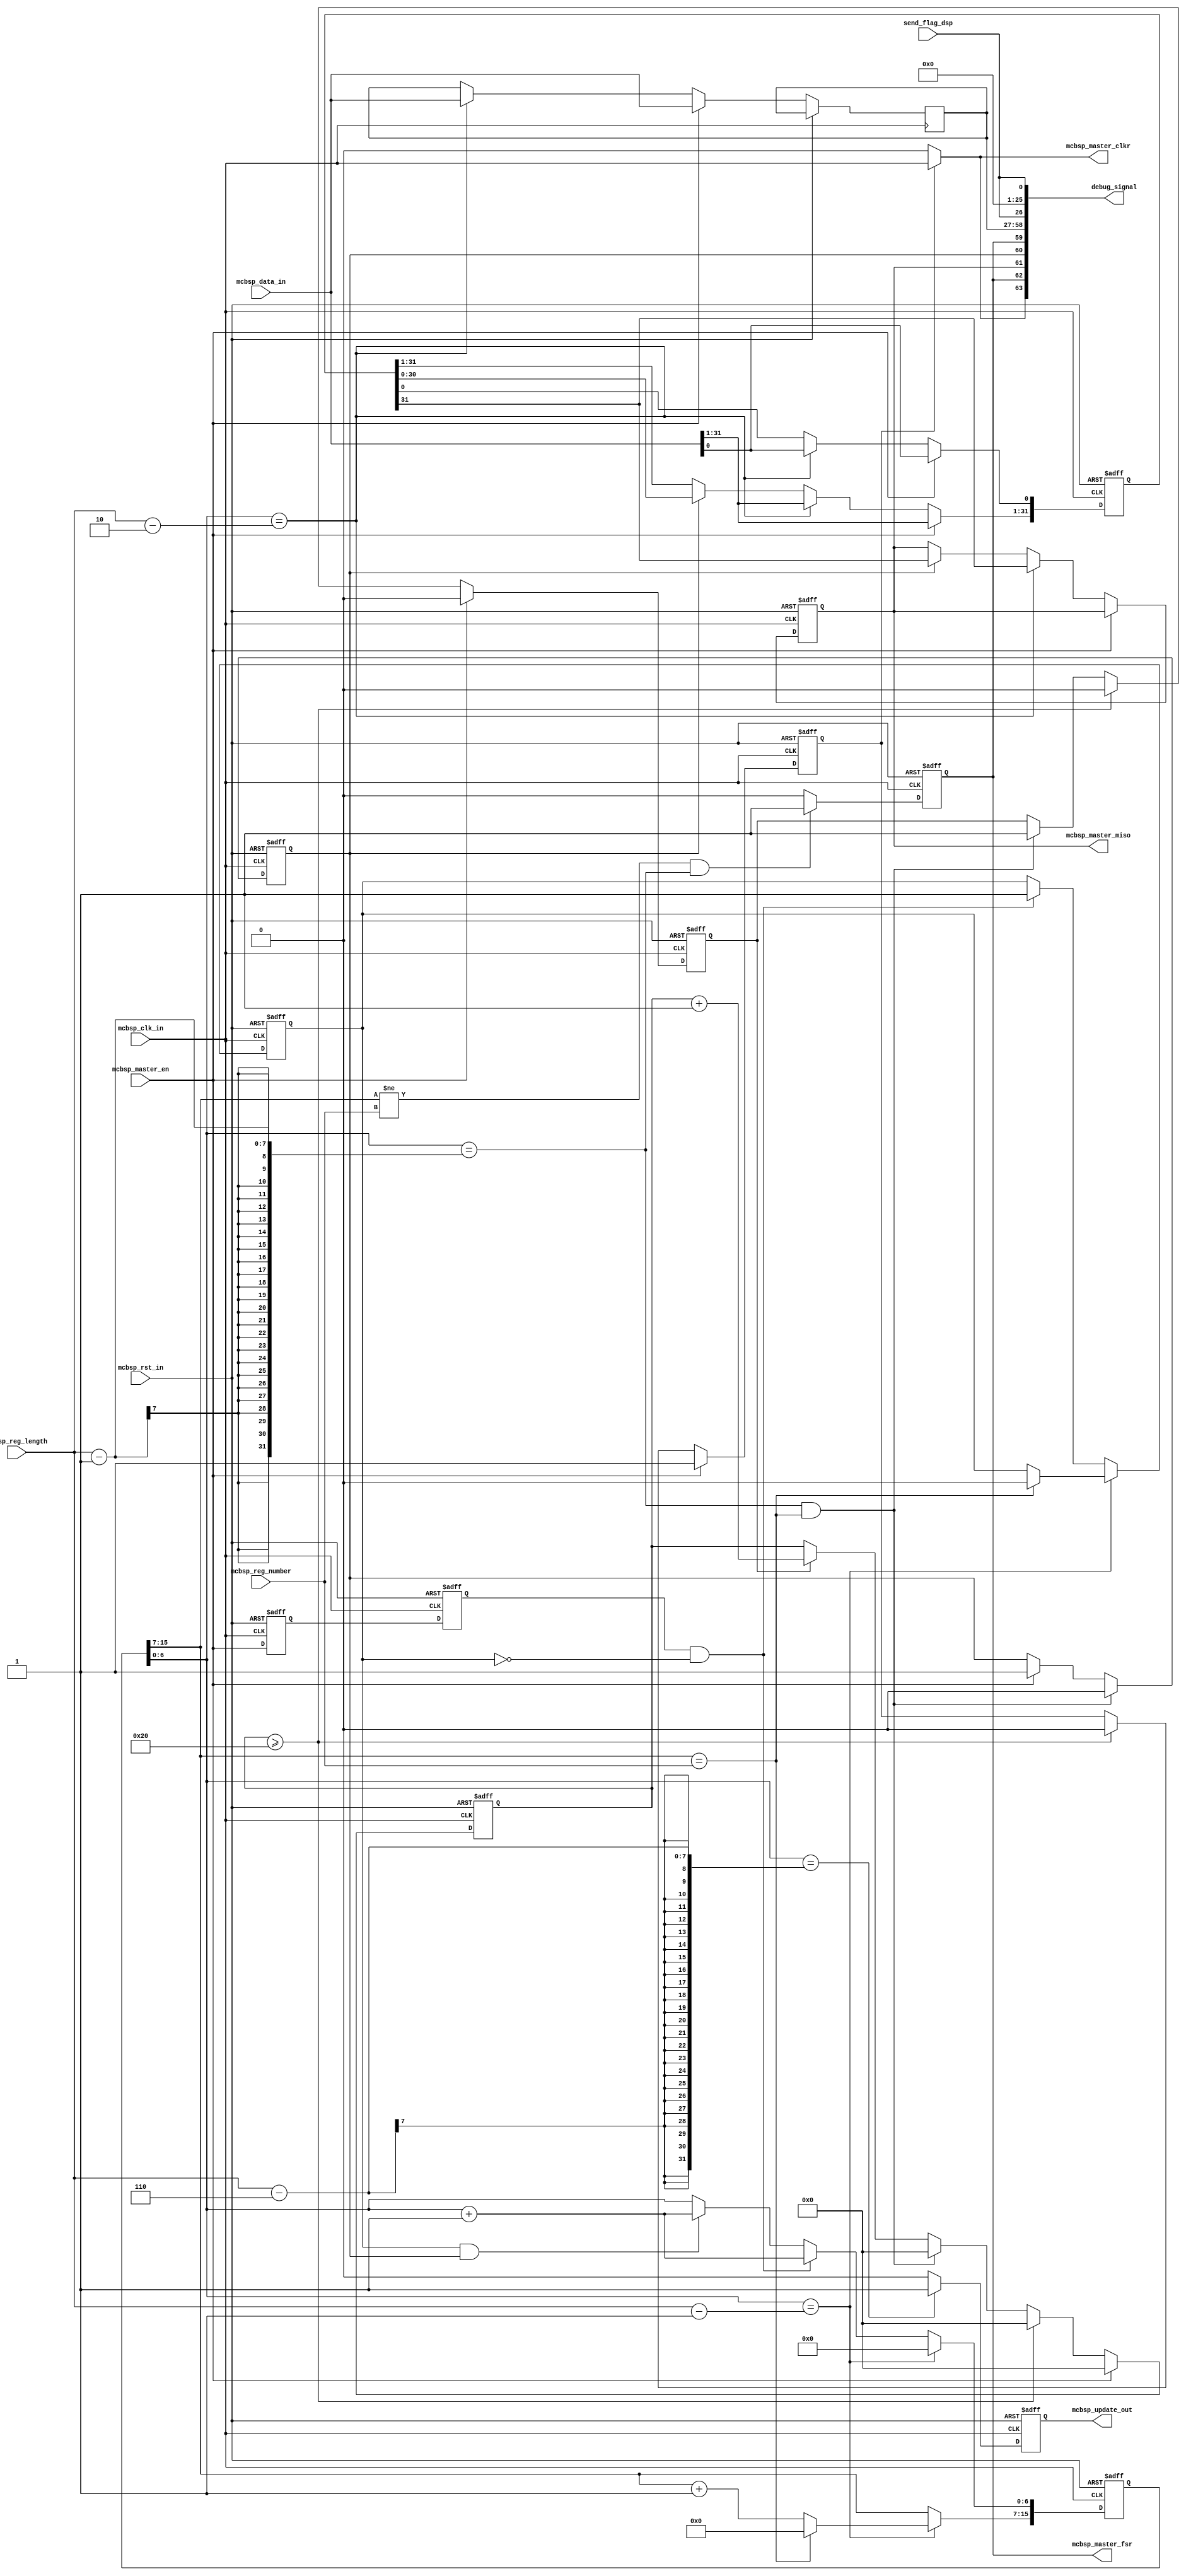
//////////////////////////////////////////////////////////////////////////////////
// Company:         StarPoint
// 
// Module Name:     mcbsp_master 
// Project Name:    Link16 dsp interface module;
// Target Devices:  FPGA - XC7K325T - FFG900; 
// Tool versions:   ISE13.2; 
// Description:     
//                  
//
// Revision:        v1.0 - File Created
// Additional Comments: 
// 1.  negedge send data
// 2.  adjecent fsr sync is not 13us, next data transmit after ahead data transmit 
// 3.  data_in from RAM has delay
//////////////////////////////////////////////////////////////////////////////////
`timescale 1ns / 1ps

module mcbsp0_master(
// clk/rst
input               mcbsp_clk_in,                             // 20MHz clock  2015/9/9 10:52:56
input               mcbsp_rst_in,    

//config parameter
input [ 8:0]        mcbsp_reg_number,                         // rx frame length   
input [ 6:0]        mcbsp_reg_length,                         // code bit length  

//input data
input               mcbsp_master_en,  						  //clk
input [31:0]        mcbsp_data_in,    

// output interface
output              mcbsp_master_clkr,	 
output              mcbsp_master_fsr,	 
output              mcbsp_master_miso,	 

input				send_flag_dsp,

// state/debug 	
output              mcbsp_update_out,		 
output[63:0]        debug_signal	
    );
    
//////////////////////////////////////////////////////////////////////////////////
//// signals declaration //// 
reg                 mcbsp_data_start = 1'b0;
reg [15:0]          mcbsp_count      = 16'd0;
reg [31:0]          mcbsp_reg        = 32'd0;
reg                 mcbsp_update     = 1'b0;

reg [31:0]          mcbsp_clk_data   = 31'd0;

reg                 mcbsp_data       = 1'b1;
reg                 mcbsp_data_syn   = 1'b0;

reg			        mcbsp_master_en_r0 = 1'b0,mcbsp_master_en_r1 = 1'b0;		//mcbsp_master_en
reg					first_byte		 = 1'b0;

reg		[7:0]		mcbsp_count_delay	=	8'd0;
reg 				mcbsp_clk_start		=	1'b0;
reg					cnt_flag			=	1'b0;
reg					half_clk			=	1'b0;

reg					half_clk_flag		=	1'b0;
//////////////////////////////////////////////////////////////////////////////////
//// parameters define ////





//////////////////////////////////////////////////////////////////////////////////
//// (0) signals assigment ////				mcbsp_data_start
    assign  mcbsp_master_clkr           = mcbsp_clk_start ? mcbsp_clk_in : 1'b0;//()? 1'b0 : mcbsp_clk_in;         
    assign  mcbsp_master_fsr            = mcbsp_data_syn;	//half_clk_flag ? (mcbsp_data_syn && half_clk) : mcbsp_data_syn; 
    assign  mcbsp_master_miso           = mcbsp_data;
	
	assign  mcbsp_update_out            = mcbsp_update;
	
//////////////////////////////////////////////////////////////////////////////////
//// (1)  update mcbsp transmit data from rx ram in cross clk domain////
// always@(negedge mcbsp_clk_in or posedge mcbsp_rst_in)
// begin
  // if (mcbsp_rst_in)  begin
     // mcbsp_clk_data[31:0]   <= 8'd0;
  // end
  // else if(mcbsp_count[6:0] == 7'd1)  begin
     // mcbsp_clk_data[31:0]   <= mcbsp_data_in[31:0];         
  // end
// end	

//////////////////////////////////////////////////////////////////////////////////
//// (2) mcbsp count logic ////
always@(negedge mcbsp_clk_in or posedge mcbsp_rst_in)
begin
  if (mcbsp_rst_in)  begin
    mcbsp_data_start  			<= 1'b0;    
	half_clk_flag	 			<= 1'b0; 
  end
  else if ((mcbsp_count[6:0] == mcbsp_reg_length[6:0] - 1 ) && (mcbsp_count[15:7] == mcbsp_reg_number[8:0])) begin
    mcbsp_data_start            <= 1'b0;   
	half_clk_flag	 			<= 1'b1; 
  end
  else if(mcbsp_master_en) begin
    mcbsp_data_start            <= 1'b1;    
	half_clk_flag	 			<= 1'b0; 	
  end
  else	
	half_clk_flag	 			<= 1'b0; 
end	

///////////mcbsp_data_start 32clk
always@(negedge mcbsp_clk_in or posedge mcbsp_rst_in)
begin
  if (mcbsp_rst_in)  begin
    mcbsp_clk_start  			<= 	1'b0;   
	cnt_flag		 			<=	1'b0;
	mcbsp_count_delay[7:0]		<=	8'd0;
  end
  else if(mcbsp_master_en) begin	///send_flag_dsp
    mcbsp_clk_start            	<= 	1'b1;    
	cnt_flag		 			<=	1'b0;
	mcbsp_count_delay[7:0]		<=	8'd0;
  end
  else if(mcbsp_count_delay[7:0] >= 8'd32 ) begin
    mcbsp_clk_start            	<= 	1'b0;    
	cnt_flag		 			<=	1'b0;
	mcbsp_count_delay[7:0]		<=	8'd0;
  end
  else if ((mcbsp_count[6:0] == mcbsp_reg_length[6:0] - 1 ) && (mcbsp_count[15:7] == mcbsp_reg_number[8:0])) begin
	cnt_flag		 			<=	1'b1;
	mcbsp_count_delay[7:0]		<=	8'd0;
  end
  else if(cnt_flag)
	mcbsp_count_delay[7:0]		<=	mcbsp_count_delay[7:0] + 1'b1;
  
end	



always@(negedge mcbsp_clk_in or posedge mcbsp_rst_in)
begin
  if (mcbsp_rst_in)   begin      //rst,1clk,10M
    mcbsp_count[15:0]                     	<= 16'd0;
	first_byte							  	<= 1'b0;	//32bit
  end
  else if (mcbsp_count[6:0] == mcbsp_reg_length[6:0] - 1'b1)   begin // mcbsp register 8bits 
												//- 1'b1
	if (mcbsp_count[15:7] == mcbsp_reg_number[8:0] )   begin   //NO.3-11 shift(NO.0 data from ram NO.1 mcbsp_clk_data update,NO.2 mcbsp_clk_data->spi reg)
      mcbsp_count[15:0]                     <= 16'd0;
	  first_byte							<= 1'b0;
    end
    else   begin
      mcbsp_count[15:7] 					<= mcbsp_count[15:7] + 1'b1;  
      mcbsp_count[6:0]  					<= 7'd0;	
    end
  end	 
  else if(mcbsp_master_en_r1 && (!first_byte))begin
	  first_byte		  					<= 1'b1;
	  mcbsp_count[6:0]    					<= mcbsp_count[6:0] + 1'b1; 
  end
  else if(first_byte && mcbsp_data_start)
	  mcbsp_count[6:0]    					<= mcbsp_count[6:0] + 1'b1; 
end

always@(negedge mcbsp_clk_in or posedge mcbsp_rst_in)
begin
  if (mcbsp_rst_in)   begin      //rst,1clk,10M
	  mcbsp_update                          <= 1'b0;
  end													//	+ 2'b11					
		////(mcbsp_count[15:7] != mcbsp_reg_number[8:0]) && 
  else if ((mcbsp_count[6:0] == mcbsp_reg_length[6:0] - 6 )) begin   
	  mcbsp_update                        <= 1'b1;
  end	 
  else begin
	  mcbsp_update                        <= 1'b0;
  end
end
wire [6:0] test_ln;
wire [8:0] hig_cn;
assign test_ln	=	mcbsp_count[6:0];
assign hig_cn	=	mcbsp_count[15:7];




//////////////////////////////////////////////////////////////////////////////////
//// (3) mcbsp register shift transfer logic ////
always@(negedge mcbsp_clk_in or posedge mcbsp_rst_in)
begin
  if (mcbsp_rst_in)   begin
    mcbsp_reg[31:0]    		<= 31'd0;  	
    mcbsp_data         		<= 1'b0;
  end
  //////////mcbsp_data_syn
  else if (mcbsp_master_en )   begin
	mcbsp_reg[31:0]    		<= 	mcbsp_data_in[31:0]; 
	mcbsp_clk_data[31:0]   	<= 	mcbsp_data_in[31:0];   
  end
  else if (mcbsp_count[6:0] == 	mcbsp_reg_length[6:0] - 7'd2)   begin
	mcbsp_clk_data[31:0]   	<= 	mcbsp_data_in[31:0];   
	mcbsp_data         		<= 	mcbsp_reg[31];		//
	mcbsp_reg[31:0]    		<= 	mcbsp_data_in[31:0];
  end
  else if(mcbsp_data_start)  begin
    mcbsp_reg[31:1]    		<= 	mcbsp_reg[30:0]; 	//mcbsp_reg[0] keep
    mcbsp_data         		<= 	mcbsp_reg[31]; 		//MSB first
  end
end


//////////////////////////////////////////////////////////////////////////////////
//////////////////////////////////////////////////////////////////////////////////
//// (4) mcbsp_master_en 
always@(negedge mcbsp_clk_in or posedge mcbsp_rst_in)
begin
  if (mcbsp_rst_in) begin
    mcbsp_master_en_r0					  <= 1'b0;
    mcbsp_master_en_r1					  <= 1'b0;
  end
  else begin
    mcbsp_master_en_r0                    <= mcbsp_master_en;  
	mcbsp_master_en_r1					  <= mcbsp_master_en_r0;	
  end
end
/////////////////////////////////////////////
//// (5) mcbsp Latch enable ////	
always@(negedge mcbsp_clk_in or posedge mcbsp_rst_in)
begin
  if (mcbsp_rst_in) begin
    mcbsp_data_syn                        <= 1'b0;
  end
  // else if (mcbsp_master_en_r0)   begin
    // mcbsp_data_syn                      <= 	1'b1;  
  // end
  ///////////////(mcbsp_count[15:7] != mcbsp_reg_number[8:0]) && 
  else if ((mcbsp_count[15:7] != mcbsp_reg_number[8:0]) && (mcbsp_count[6:0] == mcbsp_reg_length[6:0] - 1))   begin
    mcbsp_data_syn                      <= 	1'b1;  
  end
  else begin
    mcbsp_data_syn                        <= 1'b0;  	  
  end
end

//
always@(posedge mcbsp_clk_in or posedge mcbsp_rst_in)
begin
  if (mcbsp_rst_in) begin
    half_clk                        	<= 1'b0;
  end
  else if ((mcbsp_count[6:0] == mcbsp_reg_length[6:0] - 1 ) && (mcbsp_count[15:7] == mcbsp_reg_number[8:0])) begin
    half_clk            				<= 1'b1;   
  end
  else
	half_clk                        	<= 1'b0;
end

//////////////////////////////////////////////////////////////////////////////////
//// debug signal ////


// state/debug 	


assign	debug_signal[63]	=	mcbsp_master_clkr;
assign	debug_signal[62]	=	mcbsp_master_fsr;
assign	debug_signal[61]	=	mcbsp_master_miso;
assign	debug_signal[60]	=	mcbsp_data_start;
assign	debug_signal[59]	=	mcbsp_data_syn;
assign	debug_signal[58:27]	=	mcbsp_clk_data[31:0];
assign	debug_signal[26]	=	send_flag_dsp;
assign	debug_signal[25:1]	=	25'd0;
assign	debug_signal[0]		=	send_flag_dsp;
//////////////////////////////////////////////////////////////////////////////////
endmodule